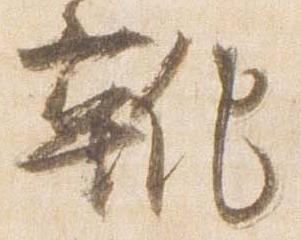
靴